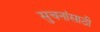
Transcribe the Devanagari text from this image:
सुचनांसाठी